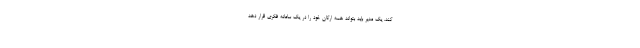
کند. یک مدیر باید بتواند همه ارکان خود را در یک سامانه فکری قرار دهد